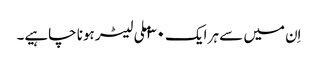
اِن میں سے ہر ایک ۳۰ ملی لیٹر ہونا چاہیے۔